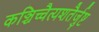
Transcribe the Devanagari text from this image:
कञ्चिच्चैत्यशतैर्जुष्ट